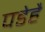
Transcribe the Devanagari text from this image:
पडेहै